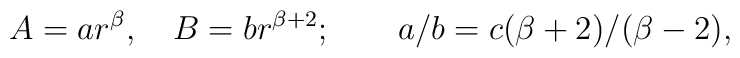
A=ar^\beta ,\quad B=br^{\beta +2};\qquad a/b=c(\beta +2)/(\beta -2),